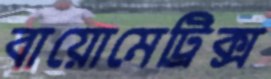
বায়োমেট্রিক্স